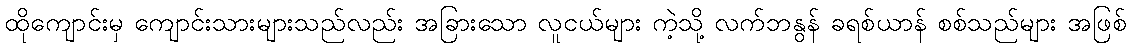
ထိုကျောင်းမှ ကျောင်းသားများသည်လည်း အခြားသော လူငယ်များ ကဲ့သို့ လက်ဘနွန် ခရစ်ယာန် စစ်သည်များ အဖြစ်